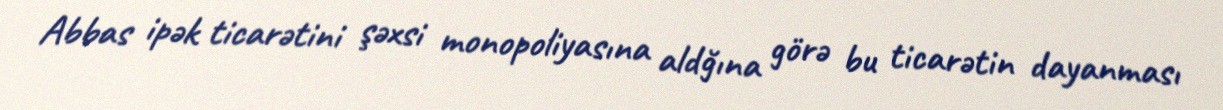
Abbas ipək ticarətini şəxsi monopoliyasına aldğına görə bu ticarətin dayanması